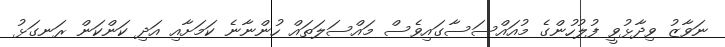
ނަވާޒު ވިދާޅުވީ ފުލުހުންގެ މުއައްސަސާގައިވެސް މައްސަލަތައް ހުންނާނެ ކަމަށާއި އަދި ކަންކަން ރަނގަޅު